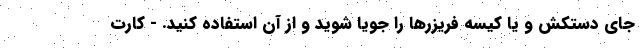
جای دستکش و یا کیسه فریزرها را جویا شوید و از آن استفاده کنید. - کارت